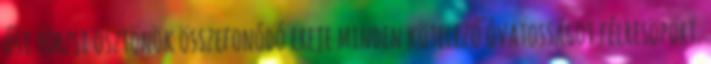
ősi törzsi ösztönök összefonódó ereje minden kötelező óvatos­sá­got félresöpört.